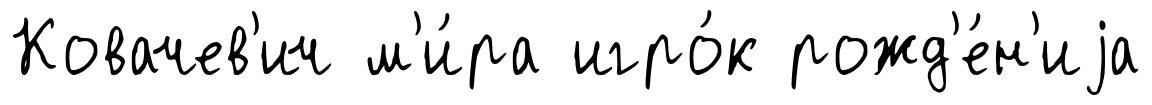
Ковачев'ич м'и́ра игро́к рожд'е́н'иjа